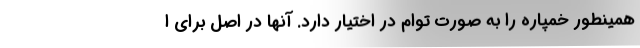
همینطور خمپاره را به صورت توام در اختیار دارد. آنها در اصل برای ا